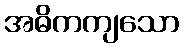
အဓိကကျသော